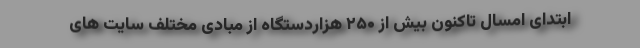
ابتدای امسال تاکنون بیش از ۲۵۰ هزاردستگاه از مبادی مختلف سایت های